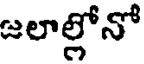
జలాల్లోనో